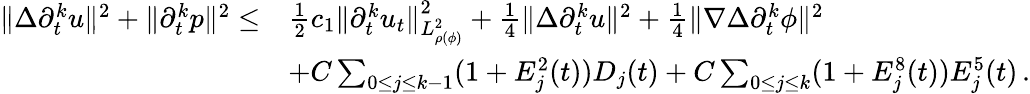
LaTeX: \begin{array}{rl}{\| \Delta\partial_{t}^{k}u\| ^{2}+\| \partial_{t}^{k}p\| ^{2}\leq}&{\frac{1}{2}c_{1}\| \partial_{t}^{k}u_{t}\| _{L_{\rho(\phi)}^{2}}^{2}+\frac{1}{4}\| \Delta\partial_{t}^{k}u\| ^{2}+\frac{1}{4}\| \nabla\Delta\partial_{t}^{k}\phi\| ^{2}}\\ &{+C\sum_{0\leq j\leq k-1}(1+E_{j}^{2}(t))D_{j}(t)+C\sum_{0\leq j\leq k}(1+E_{j}^{8}(t))E_{j}^{5}(t)\, .}\end{array}